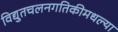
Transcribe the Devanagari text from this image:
विद्युतचलनगतिकीमधल्या